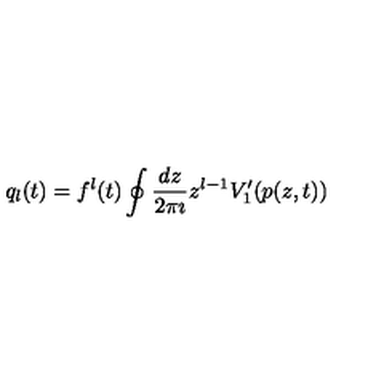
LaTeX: q _ { l } ( t ) = f ^ { l } ( t ) \oint \frac { d z } { 2 \pi \imath } z ^ { l - 1 } V _ { 1 } ^ { \prime } ( p ( z , t ) )